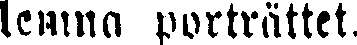
lemna porträttet.